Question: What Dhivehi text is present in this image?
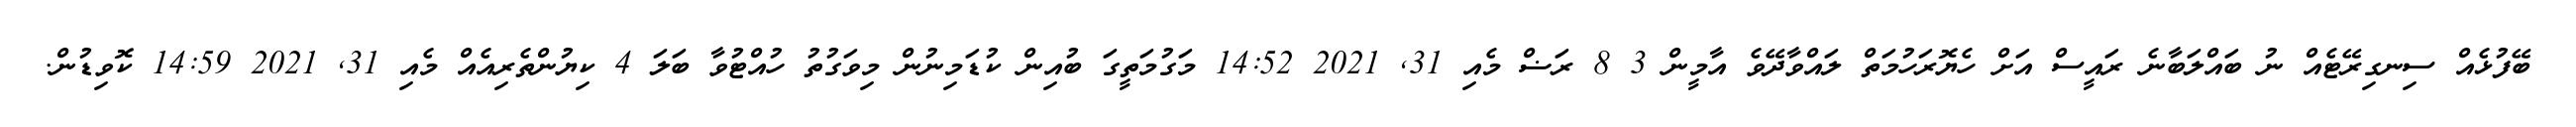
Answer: ބޭފުޅެއް ސިނގިރޭޓެއް ނު ބައްލަބާނެ ރައީސް އަށް ހެޔޮރަހުމަތް ލައްވާދޭވެ އާމީން 3 8 ރަޟް މެއި 31, 2021 14:52 މަގުމަތީގަ ބުއިން ކުޑަމިނުން މިވަގުތު ހުއްޓުވާ ބަލަ 4 ކިޔުންތެރިއެއް މެއި 31, 2021 14:59 ކޮވިޑުން.